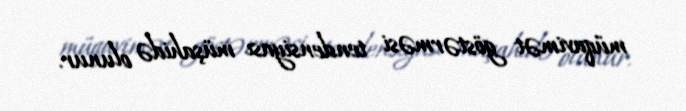
müqavimət göstərməsi tendensiyası müşahidə olunur.